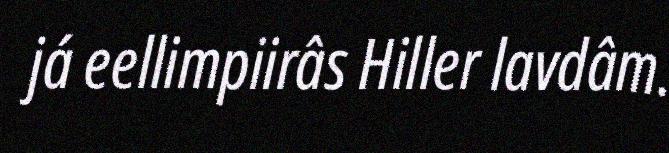
já eellimpiirâs Hiller lavdâm.